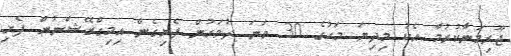
ޖޫރިމަނާކުރުމާ އެކު މިދިޔަ މަހުގެ 30 ވަނަ ދުވަހުން ފެށިގެން އިމިގްރޭޝަނުން ފެށި